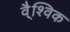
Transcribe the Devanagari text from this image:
वै्श्विक